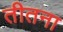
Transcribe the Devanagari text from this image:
तीतना